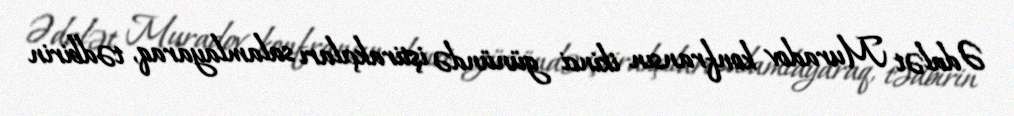
Ədalət Muradov konfransın ikinci günündə iştirakçıları salamlayaraq, tədbirin